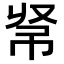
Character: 𢂟